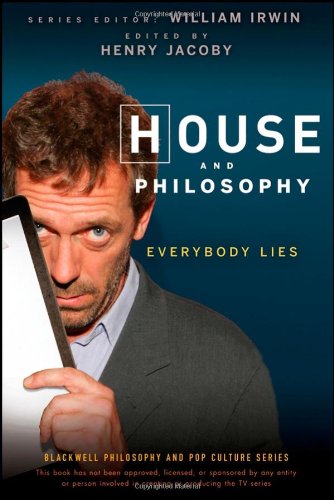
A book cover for House and Philosophy: Everybody Lies; Henry Jacoby; Humor & Entertainment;